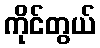
ကိုင်တွယ်